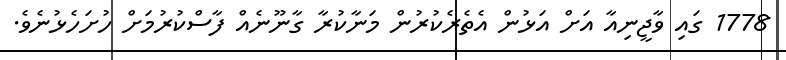
1778 ގައި ވާޖީނިއާ އަަށް އަޅުން އެެތެރެކުރުން މަނާކުރާ ގާނޫނެއް ފާސްކުރުމަށް ހުށަހެޅުނެވެ.